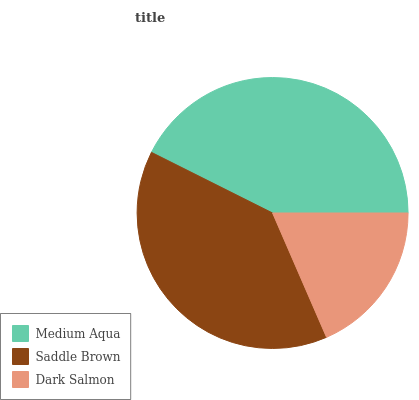
| Medium Aqua | Saddle Brown | Dark Salmon |
 | --- | --- | --- |
 | 42.7% | 38.9% | 18.5% |